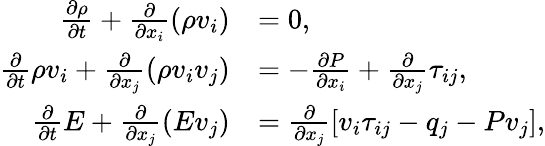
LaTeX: \begin{array}{rl}{\frac{\partial\rho}{\partial t}+\frac{\partial}{\partial x_{i}}(\rho v_{i})}&{=0,}\\ {\frac{\partial}{\partial t}\rho v_{i}+\frac{\partial}{\partial x_{j}}(\rho v_{i}v_{j})}&{=-\frac{\partial P}{\partial x_{i}}+\frac{\partial}{\partial x_{j}}\tau_{ij},}\\ {\frac{\partial}{\partial t}E+\frac{\partial}{\partial x_{j}}(Ev_{j})}&{=\frac{\partial}{\partial x_{j}}\left[v_{i}\tau_{ij}-q_{j}-Pv_{j}\right],}\end{array}